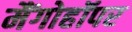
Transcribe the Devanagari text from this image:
मैंगोहॉपर